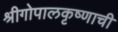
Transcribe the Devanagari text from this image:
श्रीगोपालकृष्णाची